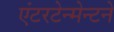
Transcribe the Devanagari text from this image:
एंटरटेन्मेन्टने